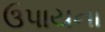
ઉપાયના